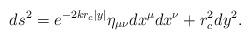
LaTeX: \begin{align*}ds^{2}=e^{-2kr_{c}|y|}\eta _{\mu \nu }dx^{\mu }dx^{\nu}+r_{c}^{2}dy^{2}.\end{align*}